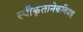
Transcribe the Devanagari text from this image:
स्वीकृतानेकविग्रह